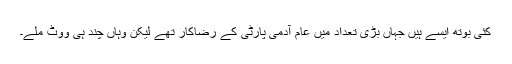
کئی بوتھ ایسے ہیں جہاں بڑی تعداد میں عام آدمی پارٹی کے رضاکار تھے لیکن وہاں چند ہی ووٹ ملے۔